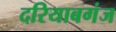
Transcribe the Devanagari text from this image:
दरियाबगंज